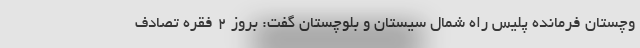
وچستان فرمانده پلیس راه شمال سیستان و بلوچستان گفت: بروز ۲ فقره تصادف